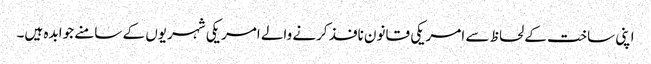
اپنی ساخت کے لحاظ سے امریکی قانون نافذ کرنے والے امریکی شہریوں کے سامنے جوابدہ ہیں۔